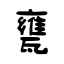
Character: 甕